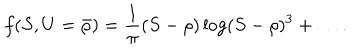
LaTeX: f ( S , U = { \bar { \rho } } ) = { \frac { 1 } { \pi } } ( S - \rho ) \log ( S - \rho ) ^ { 3 } + \dots .